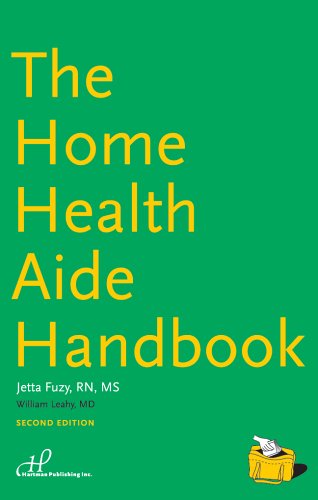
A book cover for The Home Health Aide Handbook; Jetta Fuzy RN MS; Medical Books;